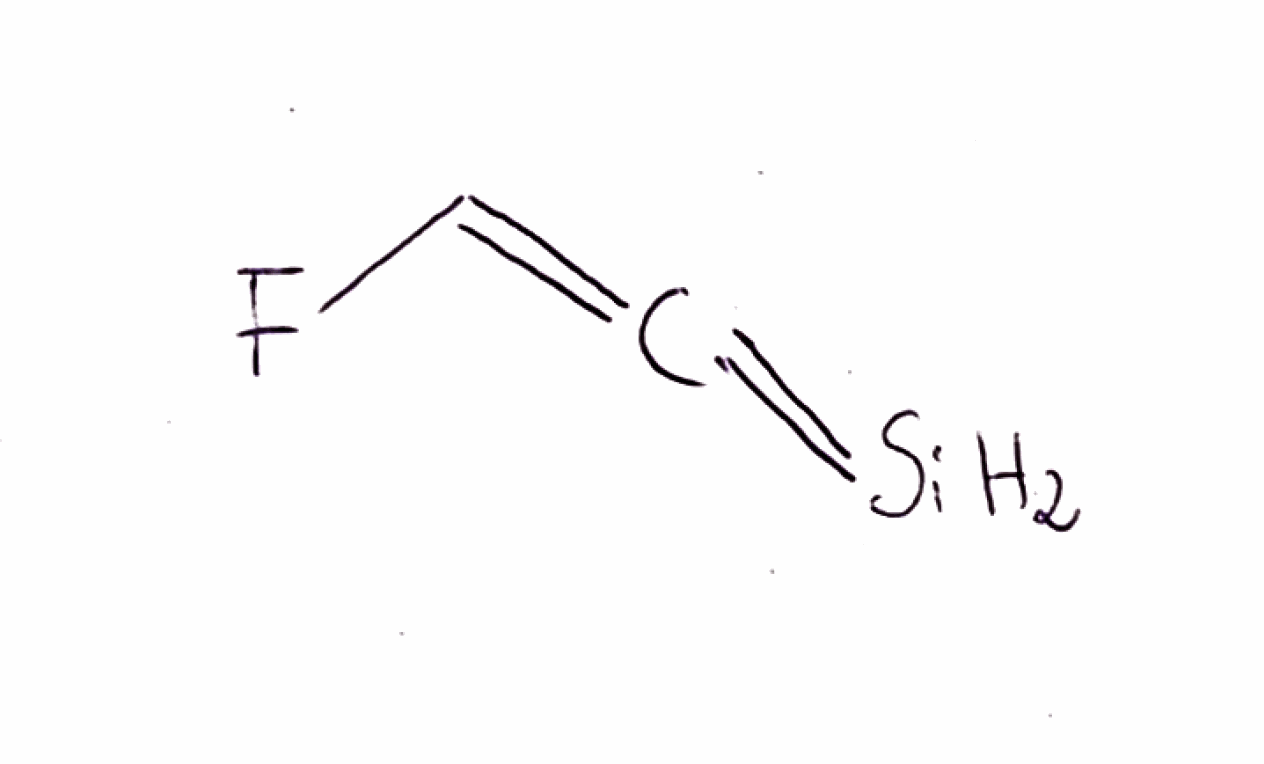
Simplified molecular-input line-entry system (SMILES) notation of the given molecule:
C(=C=[SiH2])F